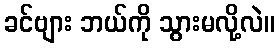
ခင်ဗျား ဘယ်ကို သွားမလို့လဲ။